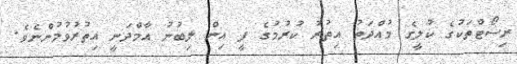
ރިސޯޓްތަކުގެ ކުލީގެ މުއްދަތު އިތުރު ކުރުމުގެ ފީ އިން ލިބުނު އާމްދަނީ އިތުރުވުމުންނެވެ.